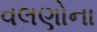
વલણોના